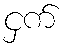
ငှက်